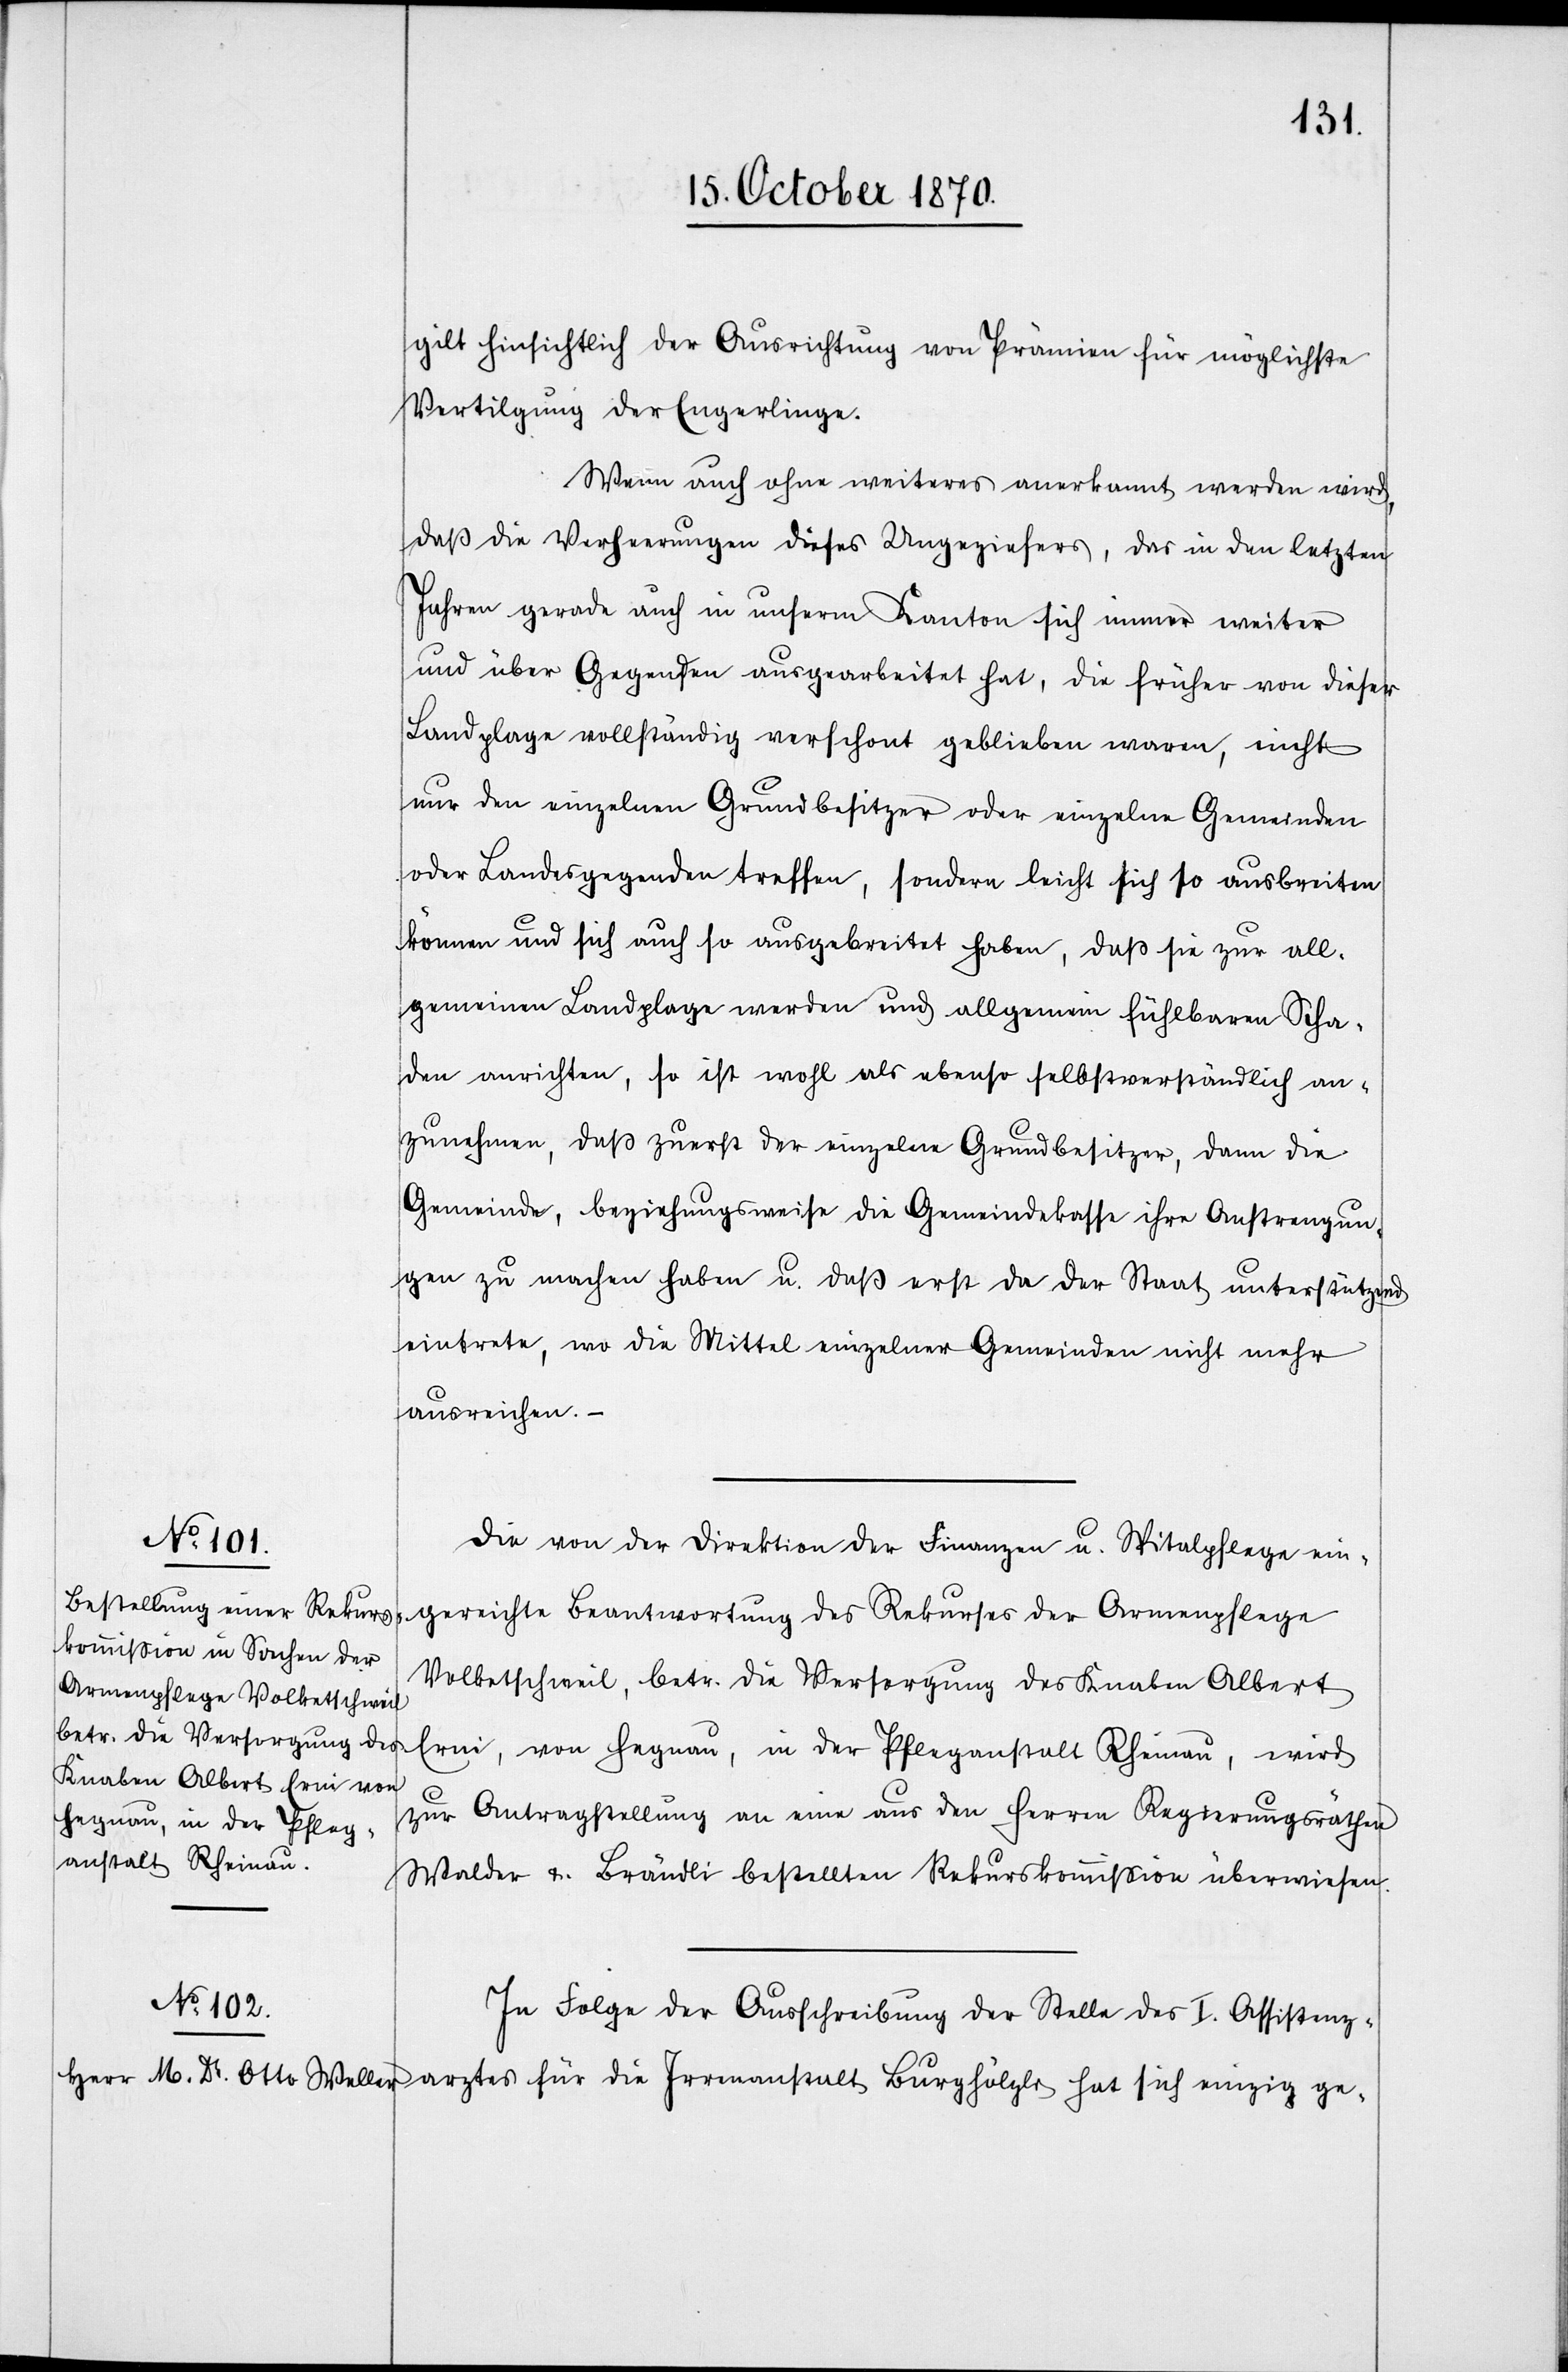
arztes
gilt hinsichtlich der Ausrichtung von Prämien für möglichste
Vertilgung der Engerlinge.
Wenn auch ohne weiteres anerkannt werden wird,
daß die Verheerungen dieses Ungeziefes, das in den letzten
Jahren gerade auch in unserm Kanton sich immer weiter
und über Gegenden ausgebreitet hat, die früher von dieser
Landplage vollständig verschont geblieben waren, nicht
nur den einzelnen Grundbesitzer oder einzelnen Gemeinden
oder Landesgegenden treffen, sondern leicht sich so ausbreiten
können und sich auch so ausgebreitet haben, daß sie zur all¬
gmeinen Landplage werden und allgemein fühlbaren Scha¬
den anrichten, so ist wohl als ebenso selbstverständlich an¬
zunehmen, daß zuerst der einzelne Grundbesitzer, dann die
Gemeinde, beziehungsweise die Gemeindekasse ihre Anstrengun¬
gen zu machen haben u. daß erst da der Staat unterstützend
eintrete, wo die Mittel einzelner Gemeinden nicht mehr
ausreichen. –
Die von der Direktion der Finanzen u. Spitalpflege ein¬
gereichte Beantwortung des Rekurses der Armenpflege
Volketschweil, betr. die Versorgung des Knaben Albert
Erni, von Hegnau, in der Pfleganstalt Rheinau, wird
zur Antragstellung an eine aus den Herren Regierungsräthen
Walder u. Brändli bestellten Rekurskommißion überwiesen.
In Folge der Ausschreibung der Stelle des I. Assistenz¬